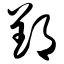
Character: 郢